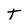
Character: T